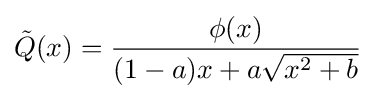
{\tilde {Q}}(x)={\frac {\phi (x)}{(1-a)x+a{\sqrt {x^{2}+b}}}}